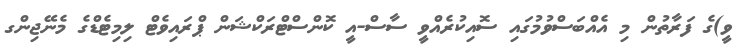
ވީ)ގެ ފަރާތުން މި އެއްބަސްވުމުގައި ސޮއިކުރެއްވީ ސާސް-އީ ކޮންސްޓްރަކްޝަން ޕްރައިވެޓް ލިމިޓެޑްގެ މެނޭޖިންގ